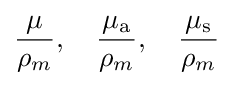
{\frac {\mu }{\rho _{m}}},\quad {\frac {\mu _{\mathrm {a} }}{\rho _{m}}},\quad {\frac {\mu _{\mathrm {s} }}{\rho _{m}}}